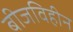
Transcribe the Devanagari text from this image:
बीजविहीन